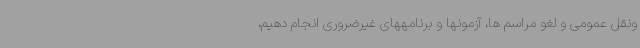
ونقل عمومی و لغو مراسم ها، آزمونها و برنامههای غیرضروری انجام دهیم،